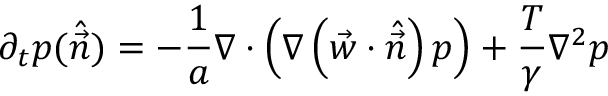
\partial _ { t } p ( \hat { \vec { n } } ) = - \frac { 1 } { a } \nabla \cdot \left( \nabla \left( \vec { w } \cdot \hat { \vec { n } } \right) p \right) + \frac { T } { \gamma } \nabla ^ { 2 } p